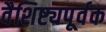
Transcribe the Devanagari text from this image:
वैशिष्ट्यपूर्वक